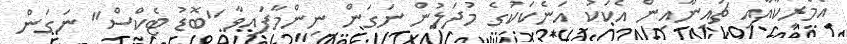
އެމެރިކާއާއި ޗައިނާއިން އެކަކު އަނެކަކުގެ މުދަލުން ނަގަން ނިންމާފައިވާ "ބޮޑު ޓެކްސް" ނަގަން